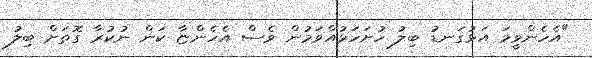
"އެހެންވީމަ އަޅުގަނޑު ބިލު ހުށަހަޅުއްވަމުން ވެސް އެހެންޏާ ކަން ނުކުރާ ގޮތަށް ބިލު